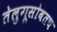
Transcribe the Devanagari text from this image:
तेलुगूसोबतच